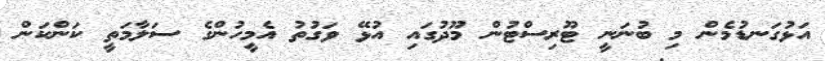
އަޅުގަނޑުމެން މި ބުނަނީ ޓޫރިސްޓުން މޫދުގައި އުޅޭ ވަގުތު އެމީހުންގެ ސަލާމަތީ ކަންކަން